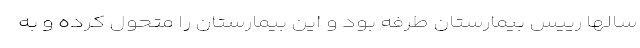
سالها رییس بیمارستان طرفه بود و این بیمارستان را متحول کرده و به